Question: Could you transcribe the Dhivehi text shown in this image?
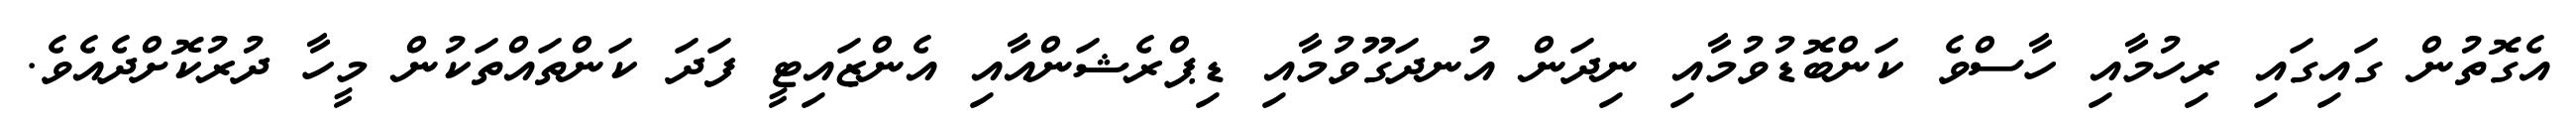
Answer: އެގޮތުން ގައިގައި ރިހުމާއި ހާސްވެ ކަންބޮޑުވުމާއި ނިދަން އުނދަގޫވުމާއި ޑިޕްރެޝަންއާއި އެންޒައިޓީ ފަދަ ކަންތައްތަކުން މީހާ ދުރުކޮށްދެއެވެ.